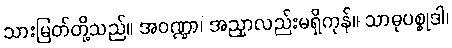
သားမြတ်တို့သည်။ အဝဏ္ဍာ၊ အညှာလည်းမရှိကုန်။ သာဓုပစ္စုဒါ၊